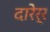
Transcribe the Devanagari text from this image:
दारेर्र